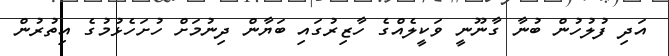
އަދި ފުލުހުން ބުނާ ގާނޫނީ ވަކީލެއްގެ ހާޒިރުގައި ބަޔާން ދިނުމަށް ހުށަހެޅުމުގެ އިތުރުން